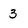
Character: 3